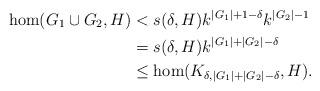
LaTeX: \begin{align*}\hom(G_1\cup G_2,H)&<s(\delta,H)k^{|G_1|+1-\delta}k^{|G_2|-1}\\&=s(\delta,H)k^{|G_1|+|G_2|-\delta}\\&\leq\hom(K_{\delta,|G_1|+|G_2|-\delta},H).\end{align*}